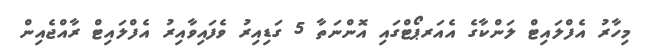
މިހާރު އެފްލައިޓް ލަންކާގެ އެއަރޕޯޓްގައި އޮންނަތާ 5 ގަޑިއިރު ވެފައިވާއިރު އެފްލައިޓް ރާއްޖެއިން